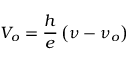
V _ { o } = { \frac { h } { e } } \left( \nu - \nu _ { o } \right)